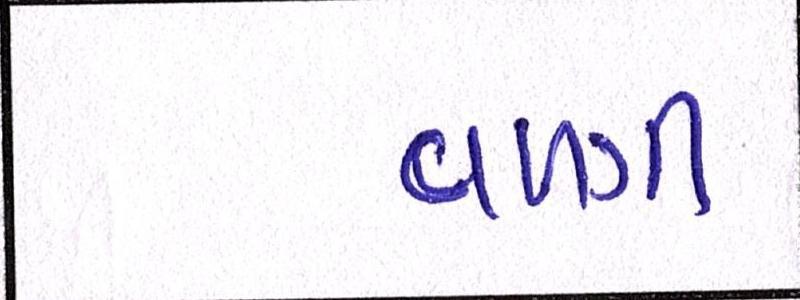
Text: વળગી